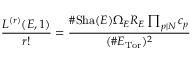
{ \frac { L ^ { ( r ) } ( E , 1 ) } { r ! } } = { \frac { \# \mathrm { S h a } ( E ) \Omega _ { E } R _ { E } \prod _ { p | N } c _ { p } } { ( \# E _ { \mathrm { T o r } } ) ^ { 2 } } }